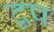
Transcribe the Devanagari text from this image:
द्वप